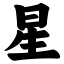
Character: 星